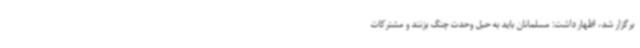
برگزار شد، اظهار داشت: مسلمانان باید به حبل وحدت چنگ بزنند و مشترکات